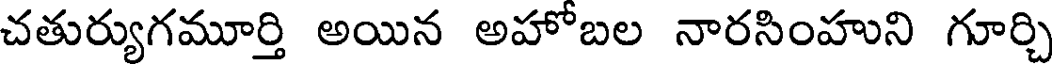
చతుర్యుగమూర్తి అయిన అహోబల నారసింహుని గూర్చి